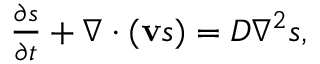
\begin{array} { r } { \frac { \partial s } { \partial t } + \nabla \cdot ( { \mathbf { v } } s ) = D \nabla ^ { 2 } s , } \end{array}